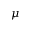
\mu